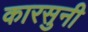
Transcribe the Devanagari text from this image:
कारसुनी